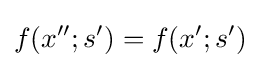
f(x'';s')=f(x';s')